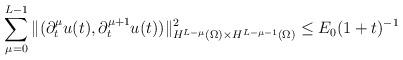
LaTeX: \begin{align*}\sum_{\mu=0}^{L-1} \|(\partial_t^\mu u(t),\partial_t^{\mu+1} u(t))\|^2_{H^{L-\mu}(\Omega) \times H^{L-\mu-1}(\Omega)} \leq E_0(1+t)^{-1}\end{align*}